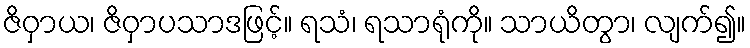
ဇိဝှာယ၊ ဇိဝှာပသာဒဖြင့်။ ရသံ၊ ရသာရုံကို။ သာယိတွာ၊ လျက်၍။